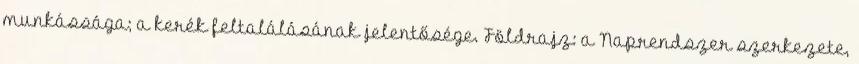
munkássága; a kerék feltalálásának jelentősége. Földrajz: a Naprendszer szerkezete,